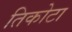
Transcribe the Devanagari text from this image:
तिकोटा